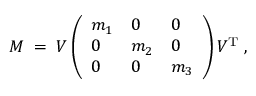
M \; = \; V \left( \begin{array} { l l l } { { m _ { 1 } } } & { { 0 } } & { { 0 } } \\ { { 0 } } & { { m _ { 2 } } } & { { 0 } } \\ { { 0 } } & { { 0 } } & { { m _ { 3 } } } \end{array} \right) V ^ { \mathrm { T } } \; ,